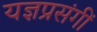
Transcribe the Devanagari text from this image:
यज्ञप्रसंगीं